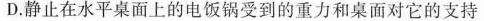
D.静止在水平桌面上的电饭锅受到的重力和桌面对它的支持